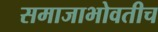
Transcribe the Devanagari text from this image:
समाजाभोवतीच